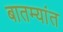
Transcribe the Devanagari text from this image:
बातम्‍यांत